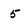
Character: 5